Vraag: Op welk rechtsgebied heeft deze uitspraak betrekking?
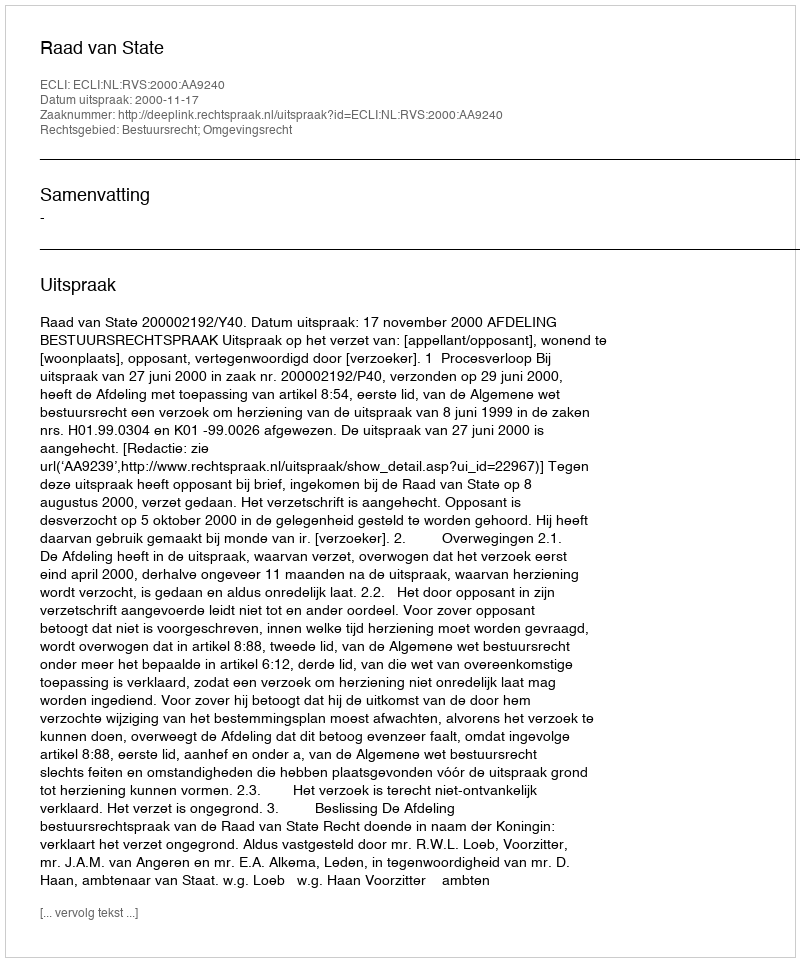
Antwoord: Bestuursrecht; Omgevingsrecht